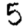
Digit: 5